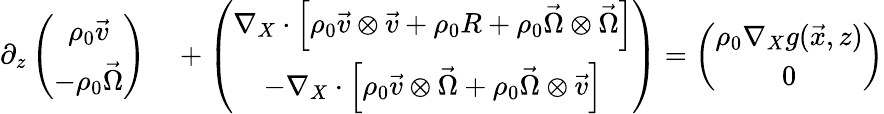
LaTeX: \begin{array}{rl}{\partial_{z}\left(\begin{array}{c}{\rho_{0}\vec{v}}\\ {-\rho_{0}\vec{\Omega}}\end{array}\right)}&{{}+\left(\begin{array}{c}{\nabla_{X}\cdot\left[\rho_{0}\vec{v}\otimes\vec{v}+\rho_{0}R+\rho_{0}\vec{\Omega}\otimes\vec{\Omega}\right]}\\ {-\nabla_{X}\cdot\left[\rho_{0}\vec{v}\otimes\vec{\Omega}+\rho_{0}\vec{\Omega}\otimes\vec{v}\right]}\end{array}\right)=\left(\begin{array}{c}{\rho_{0}\nabla_{X}g(\vec{x},z)}\\ {0}\end{array}\right)}\end{array}